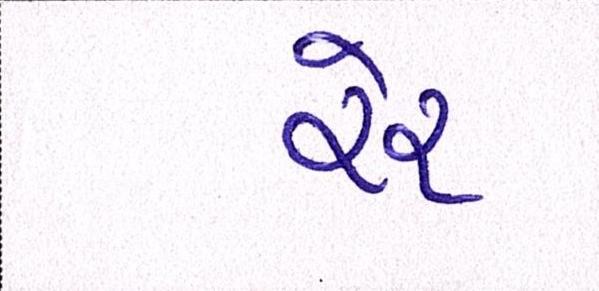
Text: રેર